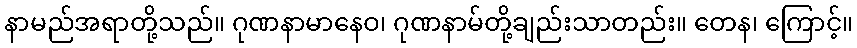
နာမည်အရာတို့သည်။ ဂုဏနာမာနေဝ၊ ဂုဏနာမ်တို့ချည်းသာတည်း။ တေန၊ ကြောင့်။